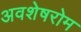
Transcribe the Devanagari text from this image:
अवशेषरोम